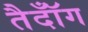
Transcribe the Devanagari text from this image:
तैदॉँग